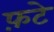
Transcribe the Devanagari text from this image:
फ़टे